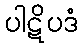
ပါဋိပဒံ